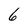
Character: 6